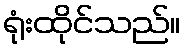
ရုံးထိုင်သည်။